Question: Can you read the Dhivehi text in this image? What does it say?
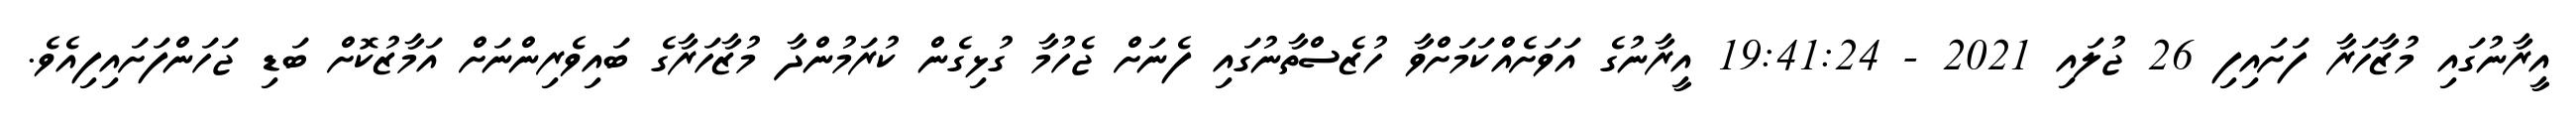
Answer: އީރާނުގައި މުޒާހަރާ ފަށައިފި 26 ޖުލައި 2021 - 19:41:24 އީރާނުގެ އަވަށެއްކަމަށްވާ ހުޒެސްތާނުގައި ފެނަށް ޖެހުމާ ގުޅިގެން ކުރަމުންދާ މުޒާހަރާގެ ބައިވެރިންނަށް އަމާޒުކޮށް ބަޑި ޖަހަންފަށައިފިއެވެ.